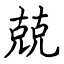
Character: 兢